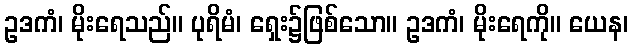
ဥဒကံ၊ မိုးရေသည်။ ပုရိမံ၊ ရှေး၌ဖြစ်သော။ ဥဒကံ၊ မိုးရေကို။ ယေန၊